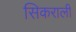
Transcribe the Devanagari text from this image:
सिकराली